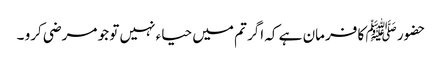
حضور ﷺ کا فرمان ہے کہ اگر تم میں حیاء نہیں تو جو مرضی کرو ۔